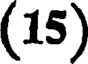
(15)